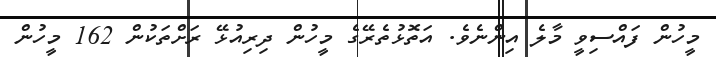
މީހުން ފައްސިވީ މާލެ އިންނެވެ. އަތޮޅުތެރޭގެ މީހުން ދިރިއުޅޭ ރަށްތަކުން 162 މީހުން